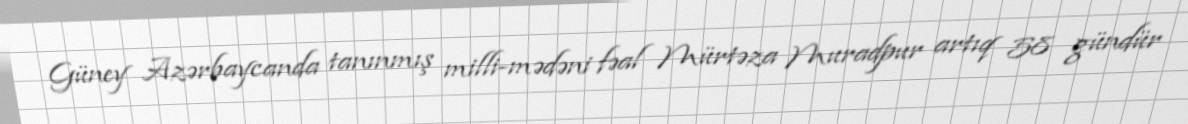
Güney Azərbaycanda tanınmış milli-mədəni fəal Mürtəza Muradpur artıq 58 gündür